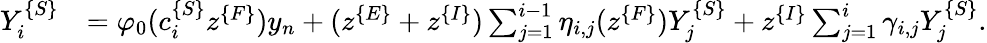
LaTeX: \begin{array}{rl}{Y_{i}^{\{ S\} }}&{=\varphi_{0}(c_{i}^{\{ S\} }z^{\{ F\} })y_{n}+(z^{\{ E\} }+z^{\{ I\} })\sum_{j=1}^{i-1}\eta_{i,j}(z^{\{ F\} })Y_{j}^{\{ S\} }+z^{\{ I\} }\sum_{j=1}^{i}\gamma_{i,j}Y_{j}^{\{ S\} }.}\end{array}